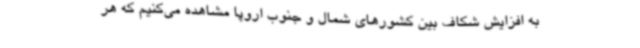
به افزایش شکاف بین کشورهای شمال و جنوب اروپا مشاهده می‌کنیم که هر